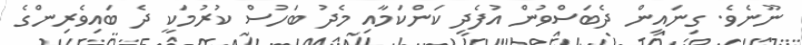
ނޫނެވެ. ގިނައިން ދެބަސްވުން އުފެދި ކަންކަމާއި މެދު ބަހުސް ކުރުމަކީ ދެ ބައިވެރިންގެ